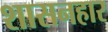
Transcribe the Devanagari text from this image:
शासनहार